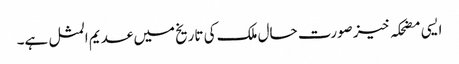
ایسی مضحکہ خیز صورت حال ملک کی تاریخ میں عدیم المثل ہے۔